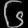
Digit: ၆